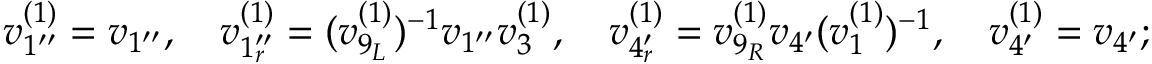
\begin{array} { r l } & { v _ { 1 ^ { \prime \prime } } ^ { ( 1 ) } = v _ { 1 ^ { \prime \prime } } , \quad v _ { 1 _ { r } ^ { \prime \prime } } ^ { ( 1 ) } = ( v _ { 9 _ { L } } ^ { ( 1 ) } ) ^ { - 1 } v _ { 1 ^ { \prime \prime } } v _ { 3 } ^ { ( 1 ) } , \quad v _ { 4 _ { r } ^ { \prime } } ^ { ( 1 ) } = v _ { 9 _ { R } } ^ { ( 1 ) } v _ { 4 ^ { \prime } } ( v _ { 1 } ^ { ( 1 ) } ) ^ { - 1 } , \quad v _ { 4 ^ { \prime } } ^ { ( 1 ) } = v _ { 4 ^ { \prime } } ; } \end{array}